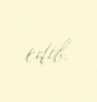
edib.